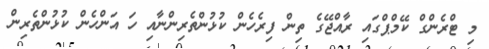
މި ޓްރެންގް ކޭމްޕްގައި ރާއްޖޭގެ ތިން ފިރެހެން ކުޅުންތެރިންނާއި ހަ އަންހެން ކުޅުންތެރިން